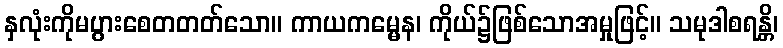
နှလုံးကိုမပွားစေတတတ်သော။ ကာယကမ္မေန၊ ကိုယ်၌ဖြစ်သောအမှုဖြင့်။ သမုဒါစရန္တိ၊